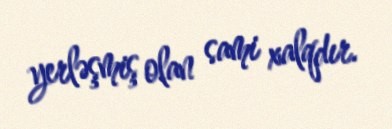
yerləşmiş olan sami xalqdır.